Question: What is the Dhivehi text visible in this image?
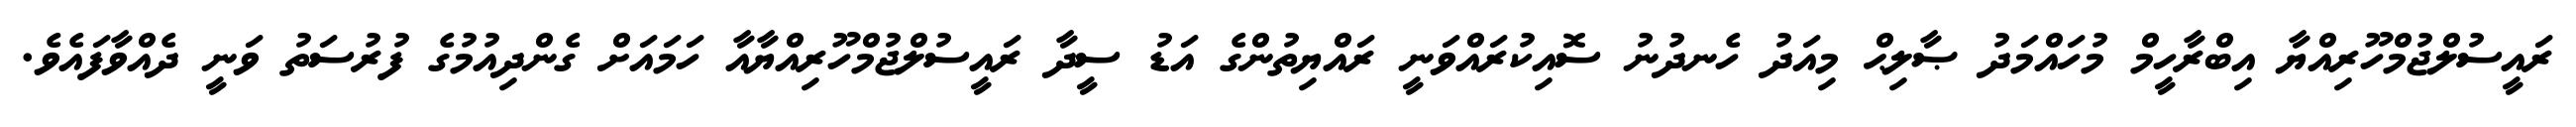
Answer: ރައީސުލްޖުމްހޫރިއްޔާ އިބްރާހީމް މުހައްމަދު ޞާލިޙް މިއަދު ހެނދުނު ސޮއިކުރައްވަނީ ރައްޔިތުންގެ އަޑު ސީދާ ރައީސުލްޖުމްހޫރިއްޔާއާ ހަމައަށް ގެންދިއުމުގެ ފުރުސަތު ވަނީ ދެއްވާފައެވެ.